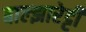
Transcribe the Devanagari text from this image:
बाल्झारेट्टी